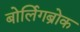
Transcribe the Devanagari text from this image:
बोर्लिगब्रोक